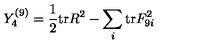
Y _ { 4 } ^ { ( 9 ) } = { \frac { 1 } { 2 } } \mathrm { t r } R ^ { 2 } - \sum _ { i } \mathrm { t r } F _ { 9 i } ^ { 2 }